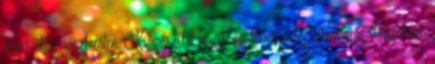
lehet diagnosztizálni. Kiegészítő segítség lehet a fej ultrahang vizsgálata.